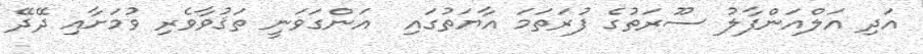
އަދި އަލްއަންފާލު ސޫރަތުގެ ފުރަތަމަ އާޔަތުގައި  އަންގަވަނީ ތަޤުވާވެރި ވުމަށާއި ދޭދޭ